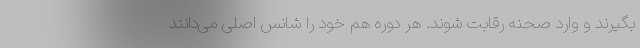
بگیرند و وارد صحنه رقابت شوند. هر دوره هم خود را شانس اصلی می‌دانند